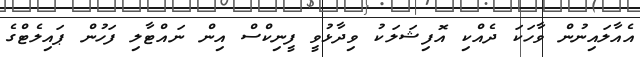
އެއާލައިނުން ވާހަކަ ދެއްކި އޮފިޝަލަކު ވިދާޅުވީ ފީނިކްސް އިން ނައްޓާލި ފަހުން ޕައިލެޓްގެ